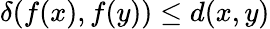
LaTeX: \delta(f(x),f(y))\leq d(x,y)